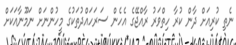
ނެތި ކުރިއަށް ދާން ކުރާ ހިތްވަރު ރާއްޖޭގެ އެހެން ސަރަހައްދުތަކުގެ މީހުންނަށް ނަމޫނާއަކަށް